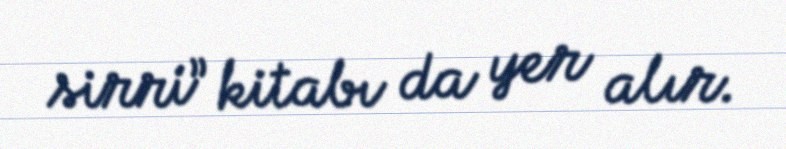
sirri” kitabı da yer alır.